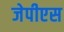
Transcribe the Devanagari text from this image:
जेपीएस